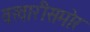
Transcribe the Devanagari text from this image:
वखारीसमोर